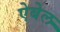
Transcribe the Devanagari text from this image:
ऐबेल